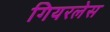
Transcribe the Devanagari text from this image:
गियरलेस